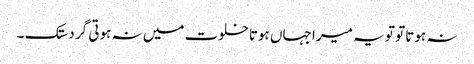
نہ ہوتا تو تو یہ میرا جہاں ہوتاخلوت میں نہ ہوتی گر دستک ۔